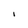
Character: I